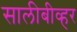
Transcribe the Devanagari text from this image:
सालीबीव्हर